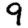
Digit: 9